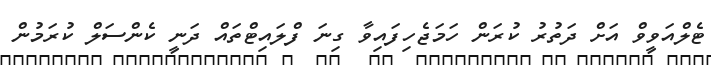
ޓެލްއަވީވް އަށް ދަތުރު ކުރަން ހަމަޖެހިފައިވާ ގިނަ ފްލައިޓްތައް ދަނީ ކެންސަލް ކުރަމުން